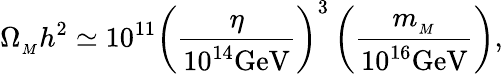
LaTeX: \Omega_{_M}h^{2}\simeq 10^{11}\left({\frac{\eta}{10^{14}\mathrm{GeV}}}\right)^{3}\left({\frac{m_{_M}}{10^{16}\mathrm{GeV}}}\right),